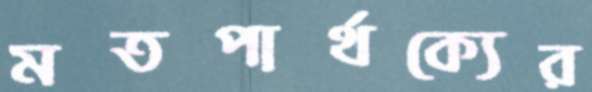
মতপার্থক্যের